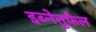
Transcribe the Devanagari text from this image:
इब्नेतुफैल